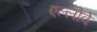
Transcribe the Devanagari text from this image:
एल्लोवे